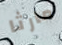
مارثا